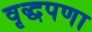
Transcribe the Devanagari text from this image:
वृद्धपणा